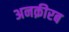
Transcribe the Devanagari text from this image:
अनक़ीरब